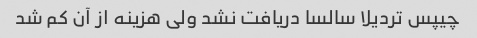
چیپس تردیلا سالسا دریافت نشد ولی هزینه از آن کم شد